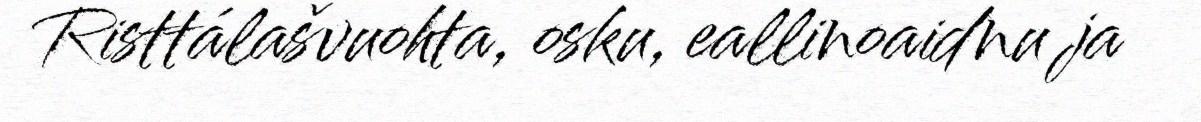
Risttálašvuohta, osku, eallinoaidnu ja